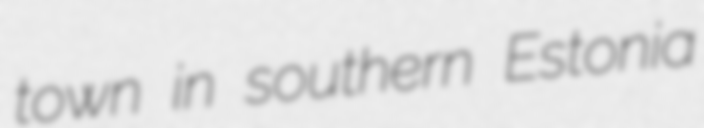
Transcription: town in southern Estonia